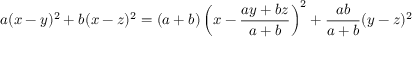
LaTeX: a ( x - y ) ^ { 2 } + b ( x - z ) ^ { 2 } = ( a + b ) \left( x - { \frac { a y + b z } { a + b } } \right) ^ { 2 } + { \frac { a b } { a + b } } ( y - z ) ^ { 2 }